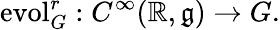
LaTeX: \operatorname{evol}_{G}^{r}:C^{\infty}(\mathbb{R},{\mathfrak{g}})\to G.